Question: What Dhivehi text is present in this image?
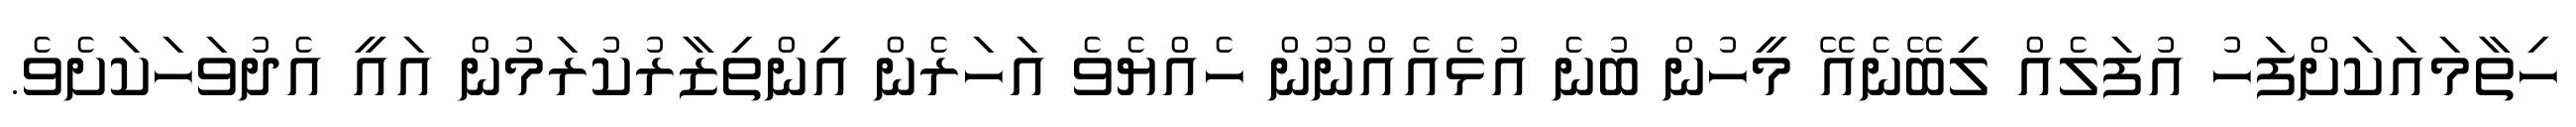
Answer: ހިތާމައަކަށްފަހު އުފަލެއް ލިބޭނެއޭ މީހުން ބުނެ އުޅެއެއްނޫން ހެއްޔެވެ އަހަރެން އިންތިޒާރުކުރަމުން އައީ އެދުވަހަކަށެވެ.